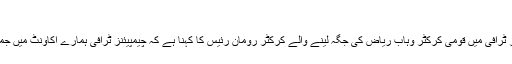
09:27 PM, 4 Aug, 2017
کراچی : رواں سال آئی سی سی چیمپیئنز ٹرافی میں قومی کرکٹر وہاب ریاض کی جگہ لینے والے کرکٹر رومان رئیس کا کہنا ہے کہ چیمپیئنز ٹرافی ہمارے اکاونٹ میں جمع ہوچکی ہے اب نظریں مستقبل پر ہیں۔